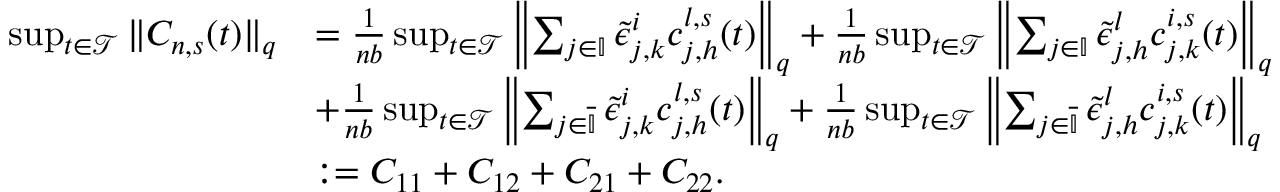
\begin{array} { r l } { \operatorname* { s u p } _ { t \in \mathscr { T } } \| C _ { n , s } ( t ) \| _ { q } } & { = \frac { 1 } { n b } \operatorname* { s u p } _ { t \in \mathscr { T } } \left\| \sum _ { j \in \mathbb { I } } \tilde { \epsilon } _ { j , k } ^ { i } c _ { j , h } ^ { l , s } ( t ) \right\| _ { q } + \frac { 1 } { n b } \operatorname* { s u p } _ { t \in \mathscr { T } } \left\| \sum _ { j \in \mathbb { I } } \tilde { \epsilon } _ { j , h } ^ { l } c _ { j , k } ^ { i , s } ( t ) \right\| _ { q } } \\ & { + \frac { 1 } { n b } \operatorname* { s u p } _ { t \in \mathscr { T } } \left\| \sum _ { j \in \overline { { \mathbb { I } } } } \tilde { \epsilon } _ { j , k } ^ { i } c _ { j , h } ^ { l , s } ( t ) \right\| _ { q } + \frac { 1 } { n b } \operatorname* { s u p } _ { t \in \mathscr { T } } \left\| \sum _ { j \in \overline { { \mathbb { I } } } } \tilde { \epsilon } _ { j , h } ^ { l } c _ { j , k } ^ { i , s } ( t ) \right\| _ { q } } \\ & { : = C _ { 1 1 } + C _ { 1 2 } + C _ { 2 1 } + C _ { 2 2 } . } \end{array}